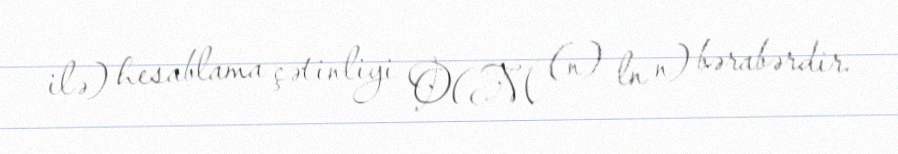
ilə) hesablama çətinliyi O(M (n) ln n) bərabərdir.